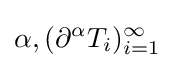
\alpha ,(\partial ^{\alpha }T_{i})_{i=1}^{\infty }